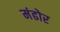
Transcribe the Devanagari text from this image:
मंढोर